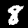
Digit: 8